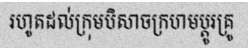
រហូតដល់ក្រុមបិសាចក្រហមប្តូរគ្រូ